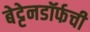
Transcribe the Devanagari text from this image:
बेट्टेनडॉर्फची